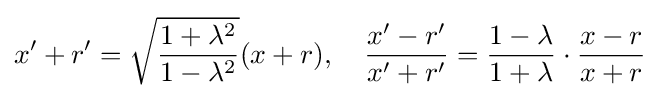
x'+r'={\sqrt {\frac {1+\lambda ^{2}}{1-\lambda ^{2}}}}(x+r),\quad {\frac {x'-r'}{x'+r'}}={\frac {1-\lambda }{1+\lambda }}\cdot {\frac {x-r}{x+r}}